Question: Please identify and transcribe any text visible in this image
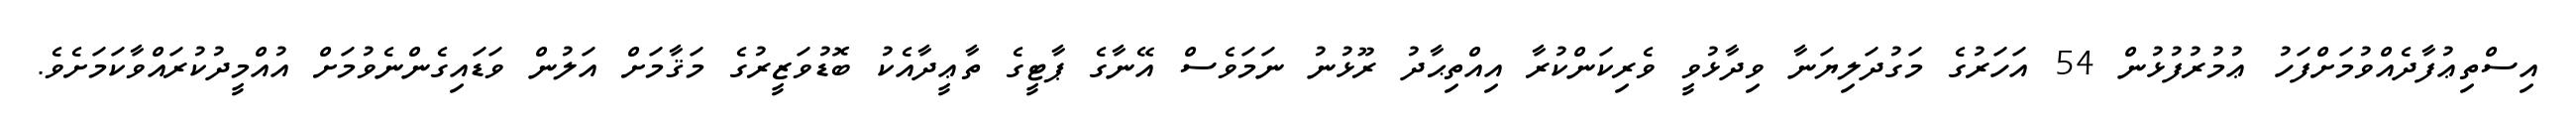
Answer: އިސްތިޢުފާދެއްވުމަށްފަހު ޢުމުރުފުޅުން 54 އަހަރުގެ މަގުދަލިޔަނާ ވިދާޅުވީ ވެރިކަންކުރާ އިއްތިޙާދު ރޫޅުނު ނަމަވެސް އޭނާގެ ޕާޓީގެ ތާޢީދާއެކު ބޮޑުވަޒީރުގެ މަޤާމަށް އަލުން ވަޑައިގެންނެވުމަށް އުއްމީދުކުރައްވާކަމަށެވެ.